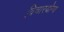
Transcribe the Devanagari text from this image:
विचारयोग्य